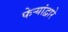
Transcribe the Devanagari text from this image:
फेर्‍यांद्वारे